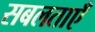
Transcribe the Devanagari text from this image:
सबलताएँ